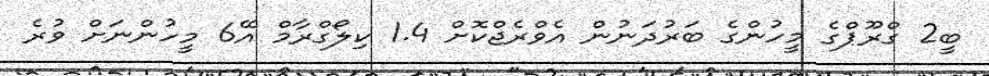
ބީ2 ގްރޫޕްގެ މީހުންގެ ބަރުދަނުން އެވްރެޖްކޮށް 1.4 ކިލޯގްރާމް އޭ6 މީހުންނަށް ވުރެ